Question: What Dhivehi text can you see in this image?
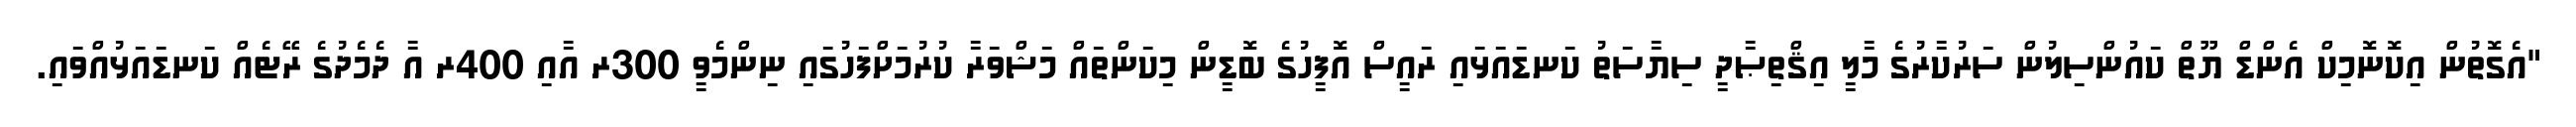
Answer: "އެގޮތުން އިކޮނޮމިކް އެންޑް ޔޫތް ކައުންސިލުން ސަރުކާރުގެ މާލީ އިޤްތިޞާދީ ސިޔާސަތު ކަނޑައަޅައި ރައީސް އޮފީހުގެ ބޮޑީން މިކަންތައް މަޝްވަރާ ކުރުމަށްފަހުގައި ނިންމެވީ 300ރ އާއި 400ރ އާ ދެމެދުގެ ރޭޓެއް ކަނޑައަޅުއްވައި.